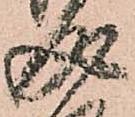
成